system: You are a helpful assistant.
user:
Analyze the provided spectrum to determine if it is a **M-type Giant (gM)**.

A M-type Giant spectrum is defined by its **strong molecular absorption** features, particularly from **Titanium Oxide (TiO)**. You must check for one of the following mutually exclusive signatures:

- **Key Visual Indicators (Absorption-Dominated Spectrum):**

    - **(Primary):** The spectrum is dominated by strong molecular absorption from **Titanium Oxide (TiO)**. This is the **defining feature** of its M-type temperature class.
        - **(Key Bandheads):** Look for sharp, "saw-tooth" absorption valleys. The strongest are located near **~7050 Å**, **~6160 Å**, and **~5170 Å**.
        - **(Line Profile):** The "saw-tooth" morphology is critical: a **sharp, steep drop on the BLUE (short-wavelength) side** of the bandhead, followed by a gradual recovery (rising flux) towards the RED (long-wavelength) side.

    - **(Key Confirmation - Giant vs. Dwarf):** **ABSENCE** of strong **Calcium Hydride (CaH)** molecular bands. This is the primary diagnostic for *excluding* M-dwarfs.
        - **(Key Region):** The spectrum should lack the strong, broad absorption band seen in dwarfs between **~6800 Å and ~7000 Å**.

    - **(Secondary Confirmation - Giant):** A very strong and broad **Neutral Calcium (Ca I)** atomic absorption line.
        - **(Key Line):** Located at **~4226 Å**. In a giant (gM), this line is significantly deeper and broader than the same line in an M-dwarf (dM) due to low surface gravity.

    - **(Overall Spectrum):**
        - The continuum is **extremely red-sloping** (i.e., flux is very low in the blue and rises dramatically towards the red).
        - The entire spectrum appears "chopped up" by the deep TiO bands.

Think first, call **spectral_visualization_tool** if needed to examine features in detail, then provide your final answer. Your response must adhere to the following strict rules:
1.  **Overall Structure:** Your response must follow the format `<think>...</think> <tool_call>...</tool_call> (if a tool is used) <answer>...</answer>`.
2.  **Tool Usage Constraint:** You may only make **one** tool call per turn.
3.  **Final Answer Format:** In the `<answer>` tag, your conclusion must be inside a `\boxed{}` command (e.g., `\boxed{YES}` or `\boxed{NO}`), followed by your justification.

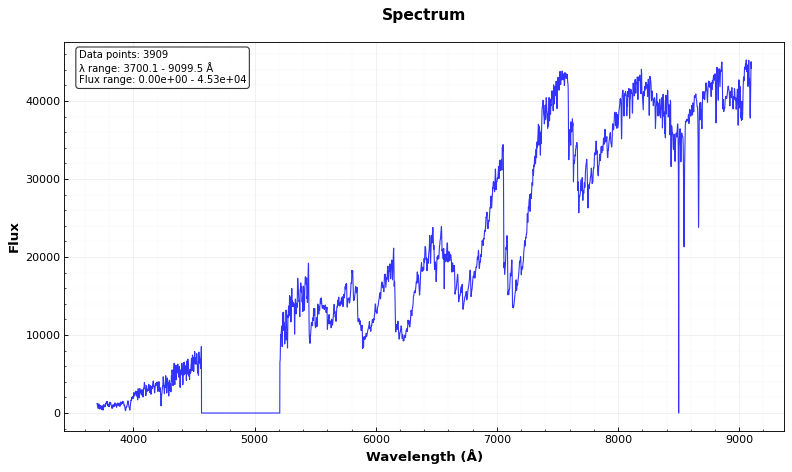
Answer: YES